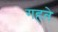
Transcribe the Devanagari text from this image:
गहते